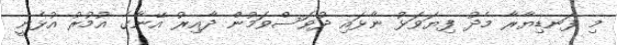
މި ފަނޑިޔާރާ މެދު ފިޔަވަޅު ނާޅައި ދުވަސްވަމުން ދާއިރު އޭނާގެ އުމުރު އުޅެނީ